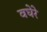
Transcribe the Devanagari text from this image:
वघेरे